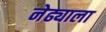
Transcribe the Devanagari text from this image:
नेढ्याला